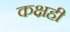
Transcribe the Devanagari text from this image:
कक्षही